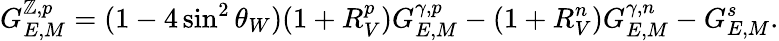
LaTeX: G_{E,M}^{\mathbb{Z},p}=(1-4\sin^{2}\theta_{W})(1+R_{V}^{p})G_{E,M}^{\gamma,p}-(1+R_{V}^{n})G_{E,M}^{\gamma,n}-G_{E,M}^{s}.